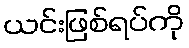
ယင်းဖြစ်ရပ်ကို